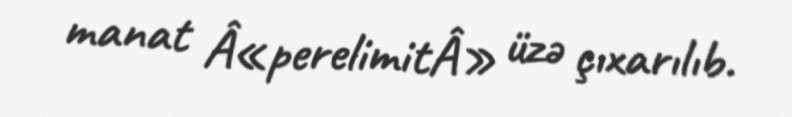
manat Â«perelimitÂ» üzə çıxarılıb.